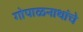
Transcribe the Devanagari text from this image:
गोपाळनाथांचे